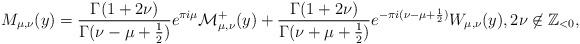
LaTeX: \begin{align*}M_{\mu,\nu}(y) = \frac{\Gamma(1+2\nu)}{\Gamma(\nu-\mu+\frac{1}{2})}e^{\pi i\mu}\mathcal{M}^+_{\mu,\nu}(y) + \frac{\Gamma(1+2\nu)}{\Gamma(\nu+\mu+\frac{1}{2})}e^{-\pi i (\nu-\mu+\frac{1}{2})}W_{\mu,\nu}(y), 2\nu \not\in \mathbb{Z}_{<0},\end{align*}